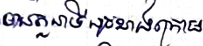
មានតួនាទីដូចខាងក្រោម